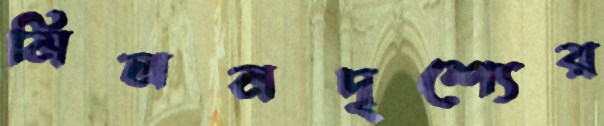
মিলনদৃশ্যের